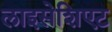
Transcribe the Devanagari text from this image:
लाइसेशिएट